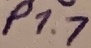
Text: P1.7